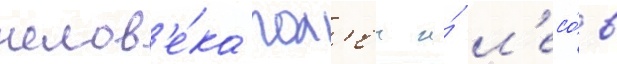
челов'е́ка пол'еи и́ л'есо́в